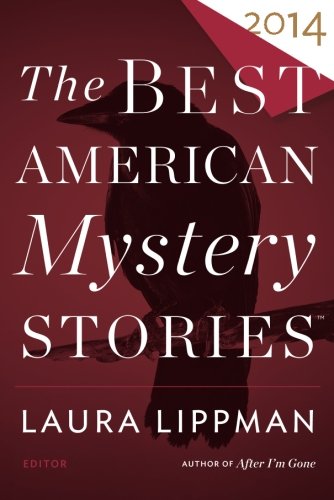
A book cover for The Best American Mystery Stories 2014; Mystery, Thriller & Suspense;